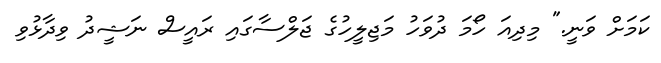
ކަމަށް ވަނީ." މިދިއަ ހޯމަ ދުވަހު މަޖިލީހުގެ ޖަލްސާގައި ރައީސް ނަޝީދު ވިދާޅުވި